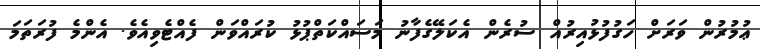
ޢުމުރުން ވަރަށް ހަގުފުޅުއިރުއް ސުރެން އެކަލޭގެފާނު މަސައްކަތްޕުޅު ކުރައްވަން ފެއްޓެވިއެވެ. އެންމެ ފުރަތަމަ